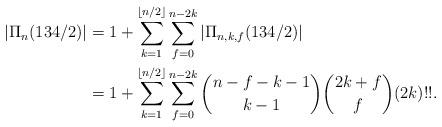
LaTeX: \begin{align*}|\Pi_n(134/2)| &= 1+ \sum_{k=1}^{\lfloor n/2 \rfloor}\sum_{f=0}^{n-2k} |\Pi_{n,k,f}(134/2)|\\&= 1+ \sum_{k=1}^{\lfloor n/2 \rfloor}\sum_{f=0}^{n-2k} {n-f-k-1\choose k-1}{2k+f\choose f}(2k)!!. \\\end{align*}